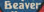
Beaver